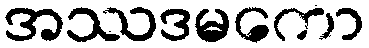
အဿဒမကော